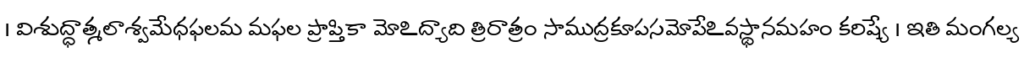
। విశుద్ధాత్మలాశ్వమేధఫలమ మఫల ప్రాప్తికా మోఽద్యాది త్రిరాత్రం సాముద్రకూపసమోపేఽవస్థానమహం కరిష్యే । ఇతి మంగల్య